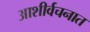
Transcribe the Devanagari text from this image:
आशीर्वचनात